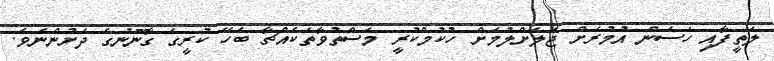
ލަތީފާއި ހަސަން އުމުރަށް ޖަލަށްލުމަށް ހުކުމްކުރީ މަސްތުވާތަކެއްޗާ ބެހޭ ކުރީގެ ގާނޫނުގެ ދަށުންނެވެ.